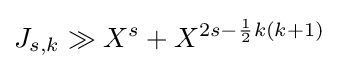
J_{s,k}\gg X^{s}+X^{2s-{\frac {1}{2}}k(k+1)}